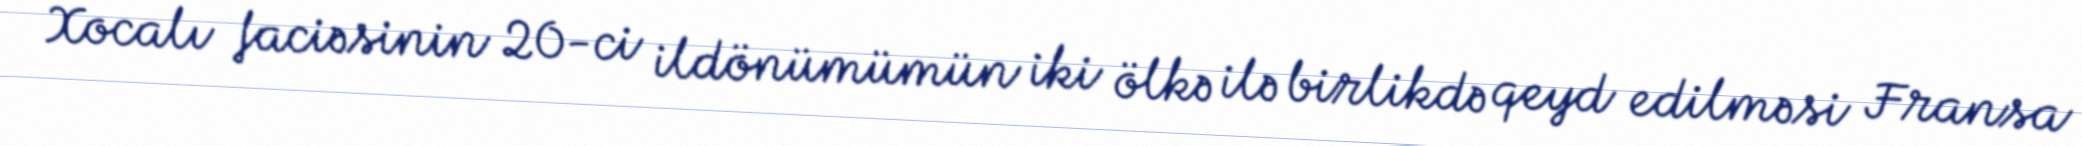
Xocalı faciəsinin 20-ci ildönümümün iki ölkə ilə birlikdə qeyd edilməsi Fransa